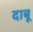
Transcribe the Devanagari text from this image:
दाबू